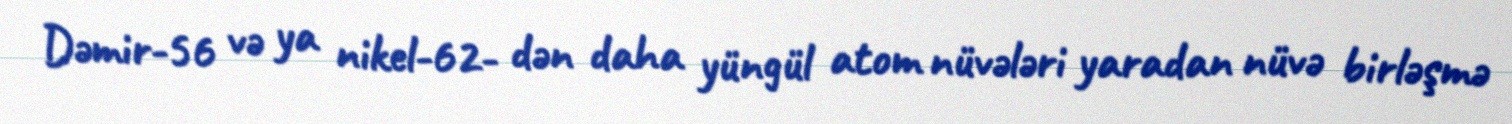
Dəmir-56 və ya nikel-62- dən daha yüngül atom nüvələri yaradan nüvə birləşmə